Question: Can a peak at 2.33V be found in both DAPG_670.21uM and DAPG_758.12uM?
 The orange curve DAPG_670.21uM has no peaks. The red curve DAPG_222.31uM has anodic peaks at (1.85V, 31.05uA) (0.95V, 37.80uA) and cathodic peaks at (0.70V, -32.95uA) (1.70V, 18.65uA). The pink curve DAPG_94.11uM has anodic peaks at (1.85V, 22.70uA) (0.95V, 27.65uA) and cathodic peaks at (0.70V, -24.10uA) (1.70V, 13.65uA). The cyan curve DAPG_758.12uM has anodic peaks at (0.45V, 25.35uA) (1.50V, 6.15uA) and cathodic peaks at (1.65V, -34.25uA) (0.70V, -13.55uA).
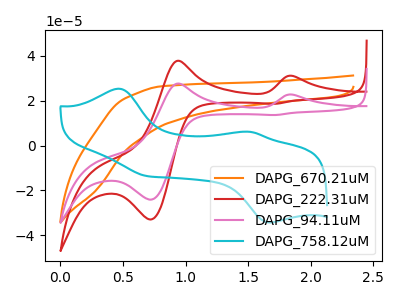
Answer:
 <answer>No, "DAPG_670.21uM" and "DAPG_758.12uM" dont share a peak at 2.33V.</answer>
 <eval>mismatch</eval>